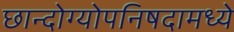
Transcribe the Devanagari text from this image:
छान्दोग्योपनिषदामध्ये